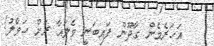
އަހަރެމެން ގާދޫން ފައިބަނީ ވެލައާ ރަށް ހަވާލު!